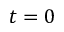
t = 0